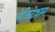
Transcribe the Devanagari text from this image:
ऐजिटेशन